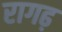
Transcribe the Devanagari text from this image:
रागढ़